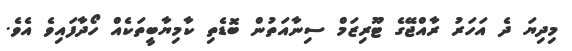
މިދިޔަ ދެ އަހަރު ރާއްޖޭގެ ޓޫރިޒަމް ސިނާއަތުން ބޮޑެތި ކާމިޔާބީތަކެއް ހޯދާފައިވެ އެވެ.